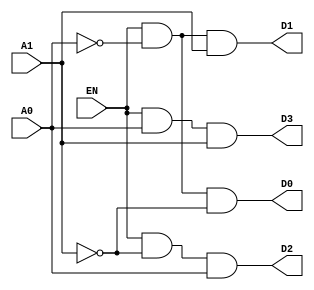
//code for decoder_2_to_4
module decoder_2_to_4(
 input EN, A0, A1,
  output D0, D1, D2, D3);
 wire x,y;
 not (y,A1);
 not (x,A0);
 and (D0,EN,x,y);
 and (D1,EN,x,A1);
 and (D2,EN,y,A0);
 and (D3,EN,A0,A1);
endmodule